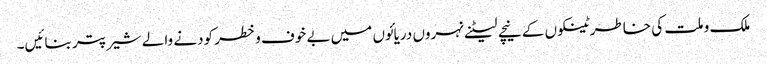
ملک و ملت کی خاطر ٹینکوں کے نیچے لیٹنے نہروں دریائوں میں بے خوف وخطر کودنے والے شیر پتر بنائیں۔